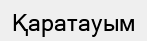
Қаратауым